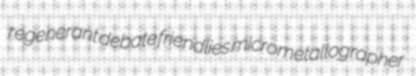
regenerant debate friendlies micrometallographer